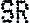
SR